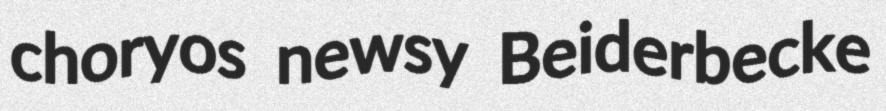
choryos newsy Beiderbecke